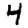
Digit: 4